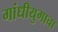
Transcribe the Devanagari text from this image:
गांधीयुगाचा